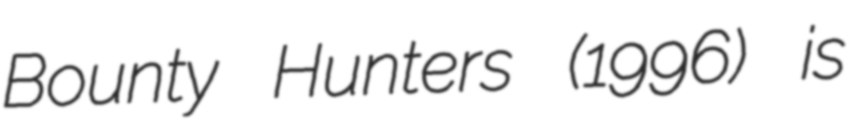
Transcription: Bounty Hunters (1996) is